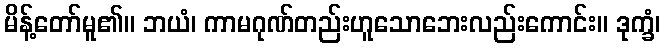
မိန့်တော်မူ၏။ ဘယံ၊ ကာမဂုဏ်တည်းဟူသောဘေးလည်းကောင်း။ ဒုက္ခံ၊